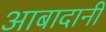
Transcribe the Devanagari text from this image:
आबादानी